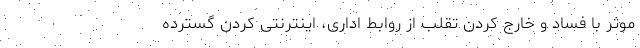
موثر با فساد و خارج کردن تقلب از روابط اداری، اینترنتی کردن گسترده